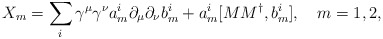
\begin{align*}X_m = \sum _i \gamma ^\mu \gamma ^\nu a_m ^i \partial _\mu \partial _\nu b_m ^i+ a_m ^i [M M^{\dag } ,b_m ^i ] ,\,\,\,\,\,\, m=1,2,\end{align*}